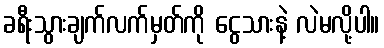
ခရီးသွားချက်လက်မှတ်ကို ငွေသားနဲ့ လဲမလို့ပါ။